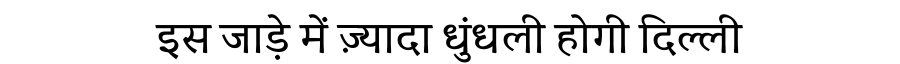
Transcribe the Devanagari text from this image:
इस जाड़े में ज़्यादा धुंधली होगी दिल्ली